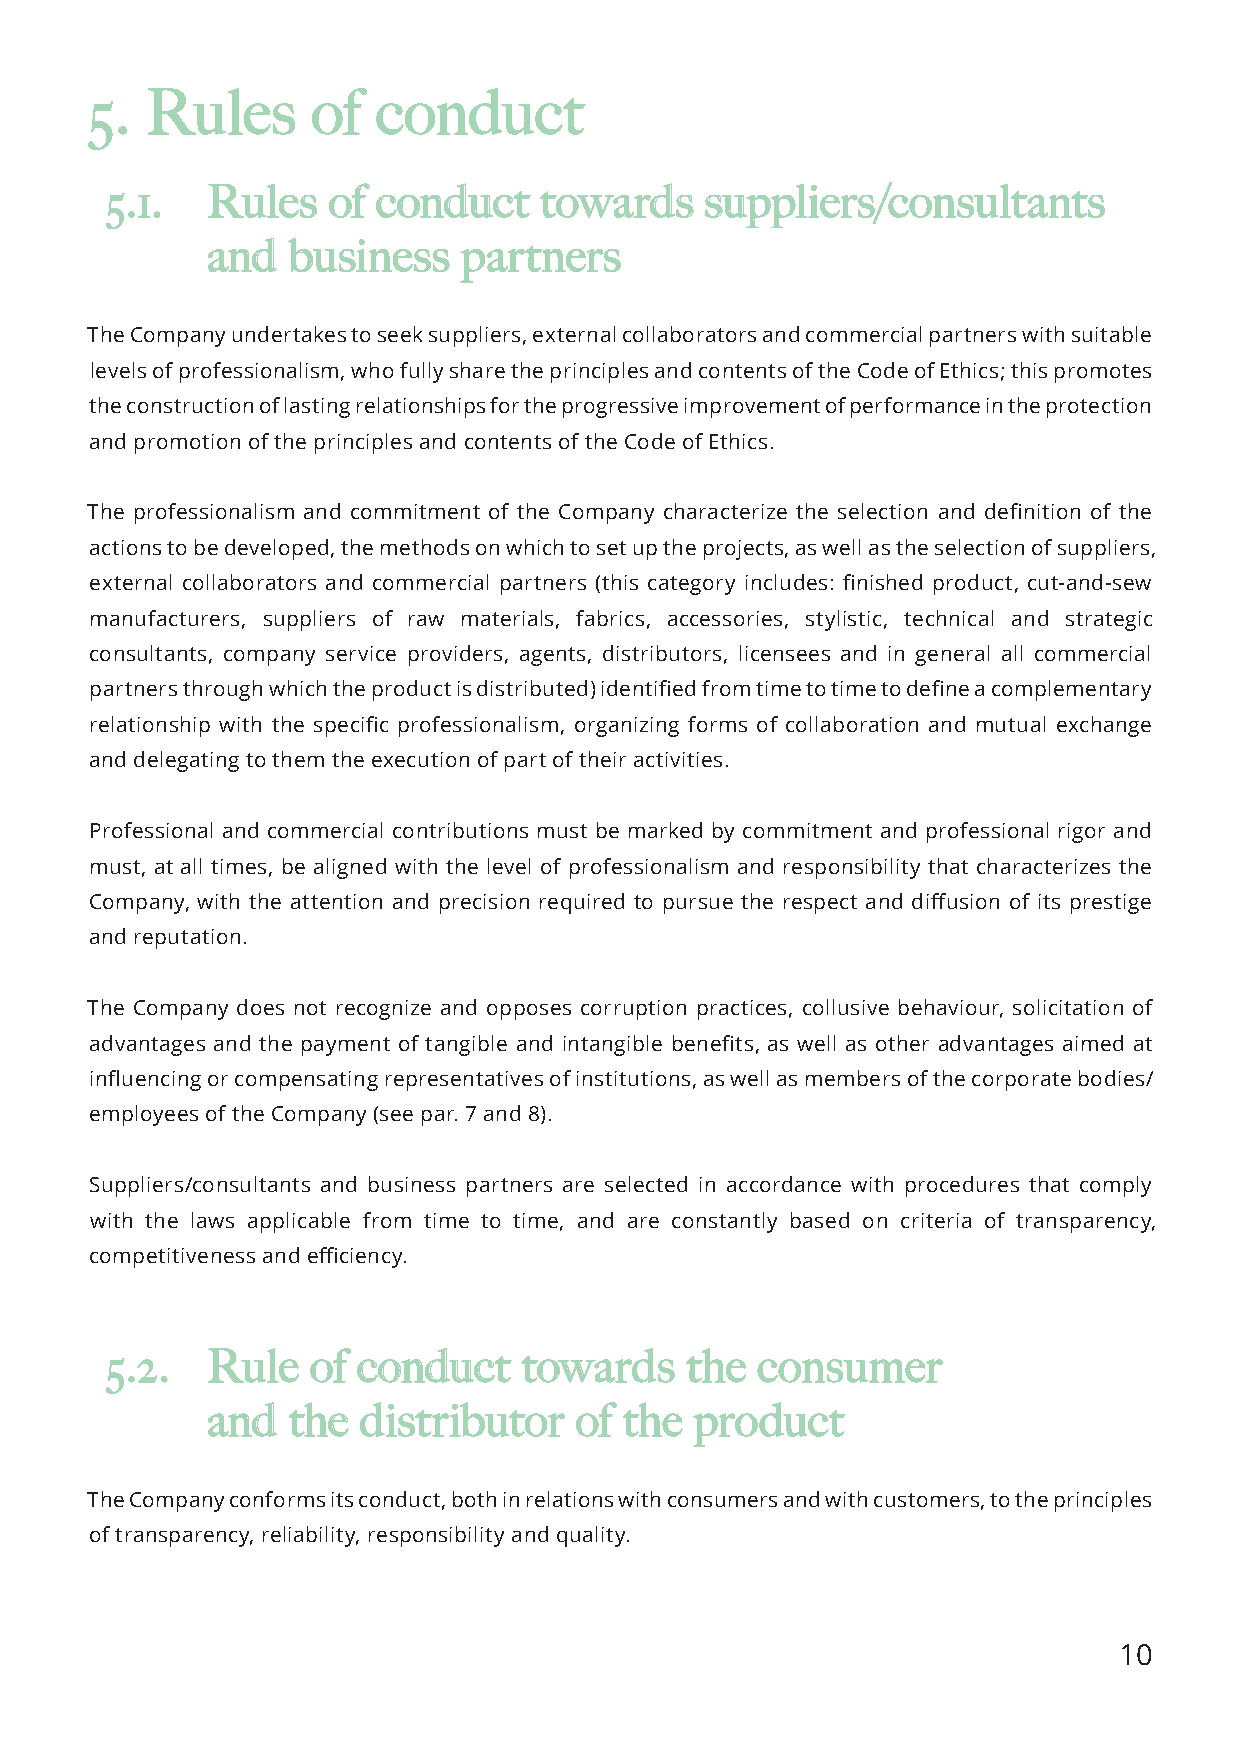
55.. RRuulleess ooff ccoonndduucctt
 55..11.. RRuulleess ooff ccoonndduucctt ttoowwaarrddss ssuupppplliieerrss//ccoonnssuullttaannttss
 aanndd bbuussiinneessss ppaarrttnneerrss
 The Company undertakes to seek suppliers, external collaborators and commercial partners with suitable
 levels of professionalism, who fully share the principles and contents of the Code of Ethics; this promotes
 the construction of lasting relationships for the progressive improvement of performance in the protection
 and promotion of the principles and contents of the Code of Ethics.
 The professionalism and commitment of the Company characterize the selection and definition of the
 actions to be developed, the methods on which to set up the projects, as well as the selection of suppliers,
 external collaborators and commercial partners (this category includes: finished product, cut-and-sew
 manufacturers, suppliers of raw materials, fabrics, accessories, stylistic, technical and strategic
 consultants, company service providers, agents, distributors, licensees and in general all commercial
 partners through which the product is distributed) identified from time to time to define a complementary
 relationship with the specific professionalism, organizing forms of collaboration and mutual exchange
 and delegating to them the execution of part of their activities.
 Professional and commercial contributions must be marked by commitment and professional rigor and
 must, at all times, be aligned with the level of professionalism and responsibility that characterizes the
 Company, with the attention and precision required to pursue the respect and diffusion of its prestige
 and reputation.
 The Company does not recognize and opposes corruption practices, collusive behaviour, solicitation of
 advantages and the payment of tangible and intangible benefits, as well as other advantages aimed at
 influencing or compensating representatives of institutions, as well as members of the corporate bodies/
 employees of the Company (see par. 7 and 8).
 Suppliers/consultants and business partners are selected in accordance with procedures that comply
 with the laws applicable from time to time, and are constantly based on criteria of transparency,
 competitiveness and efficiency.
 55..22.. RRuullee ooff ccoonndduucctt ttoowwaarrddss tthhee ccoonnssuummeerr
 aanndd tthhee ddiissttrriibbuuttoorr ooff tthhee pprroodduucctt
 The Company conforms its conduct, both in relations with consumers and with customers, to the principles
 of transparency, reliability, responsibility and quality.
 10